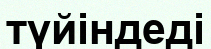
түйіндеді